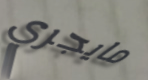
مايجري